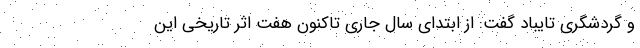
و گردشگری تایباد گفت: از ابتدای سال جاری تاکنون هفت اثر تاریخی این